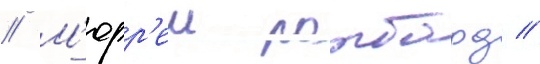
// М'юрр'еи ротбард //